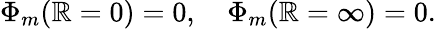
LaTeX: \Phi_{m}(\mathbb{R}=0)=0,\quad\Phi_{m}(\mathbb{R}=\infty)=0.